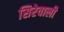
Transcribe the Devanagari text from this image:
सिरेवाली